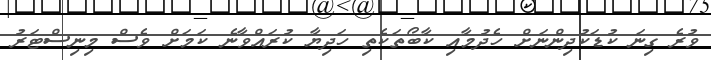
ވުރެ ގިނަ ކުޑަކުދިންނަށް ހެދުމާއި ކާބޯތަކެތި ހަދިޔާ ކުރައްވާނެ ކަމަށް ވެސް މިނިސްޓަރު